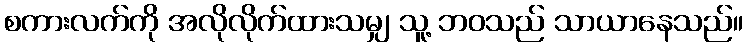
စကားလက်ကို အလိုလိုက်ထားသမျှ သူ့ ဘဝသည် သာယာနေသည်။